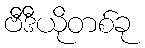
ဗီဒီယိုတစ်ခု